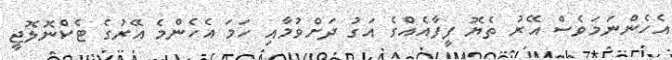
އެހެންނަމަވެސް އޭރު ތެޔޮ ފީފާއެއްގެ އަގު ދަށްވުމާއި ހަމަ އެހެންމެ އޭރުގެ ޓެކްނޮލޮޖީ